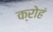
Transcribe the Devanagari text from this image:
क्रोहं